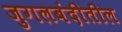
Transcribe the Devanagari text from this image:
जुगलबंदीतील